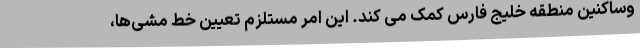
وساکنین منطقه خلیج فارس کمک می کند. این امر مستلزم تعیین خط مشی‌ها،